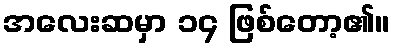
အလေးဆမှာ ၁၄ ဖြစ်တော့၏။